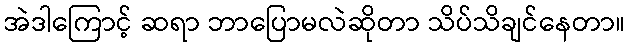
အဲဒါကြောင့် ဆရာ ဘာပြောမလဲဆိုတာ သိပ်သိချင်နေတာ။